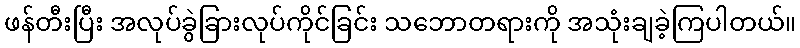
ဖန်တီးပြီး အလုပ်ခွဲခြားလုပ်ကိုင်ခြင်း သဘောတရားကို အသုံးချခဲ့ကြပါတယ်။